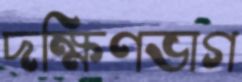
দক্ষিণভাগ